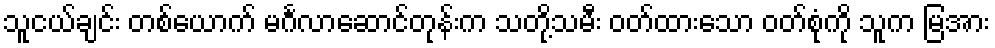
သူငယ်ချင်း တစ်ယောက် မင်္ဂလာဆောင်တုန်းက သတို့သမီး ဝတ်ထားသော ဝတ်စုံကို သူက မြအား